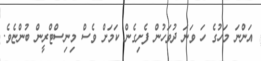
އަންނަ މަހުގެ ހަ ވަނަ ދުވަހުން ފެށިގެން ކަމަށް ވެސް މިނިސްޓްރީން ބުންޏެވެ.